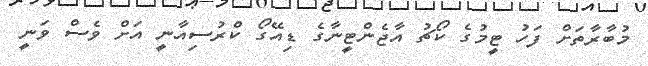
މުބާރާތަށް ފަހު ޓީމުގެ ކޯޗު އާޖެންޓީނާގެ ޑިއޭގޯ ކްރުސިއާނީ އަށް ވެސް ވަނީ